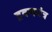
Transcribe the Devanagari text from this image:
द्रवणयंत्र